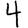
Digit: 4